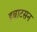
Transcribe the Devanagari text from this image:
इबाटसन